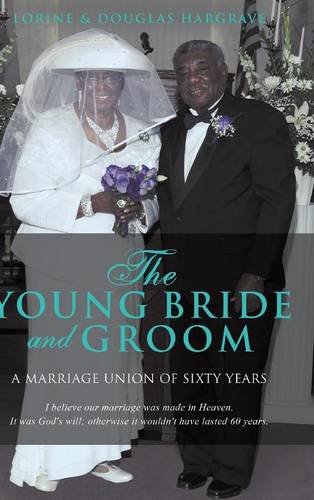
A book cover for THE YOUNG BRIDE AND GROOM; Lorine Hargrave; Parenting & Relationships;